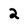
Character: 2